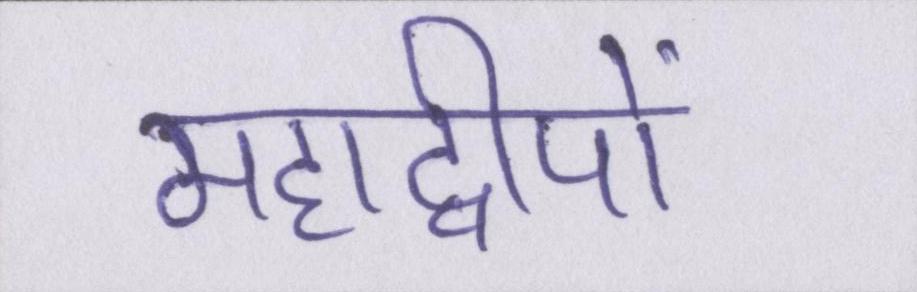
महाद्वीपों